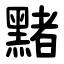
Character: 䵭